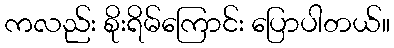
ကလည်း စိုးရိမ်ကြောင်း ပြောပါတယ်။